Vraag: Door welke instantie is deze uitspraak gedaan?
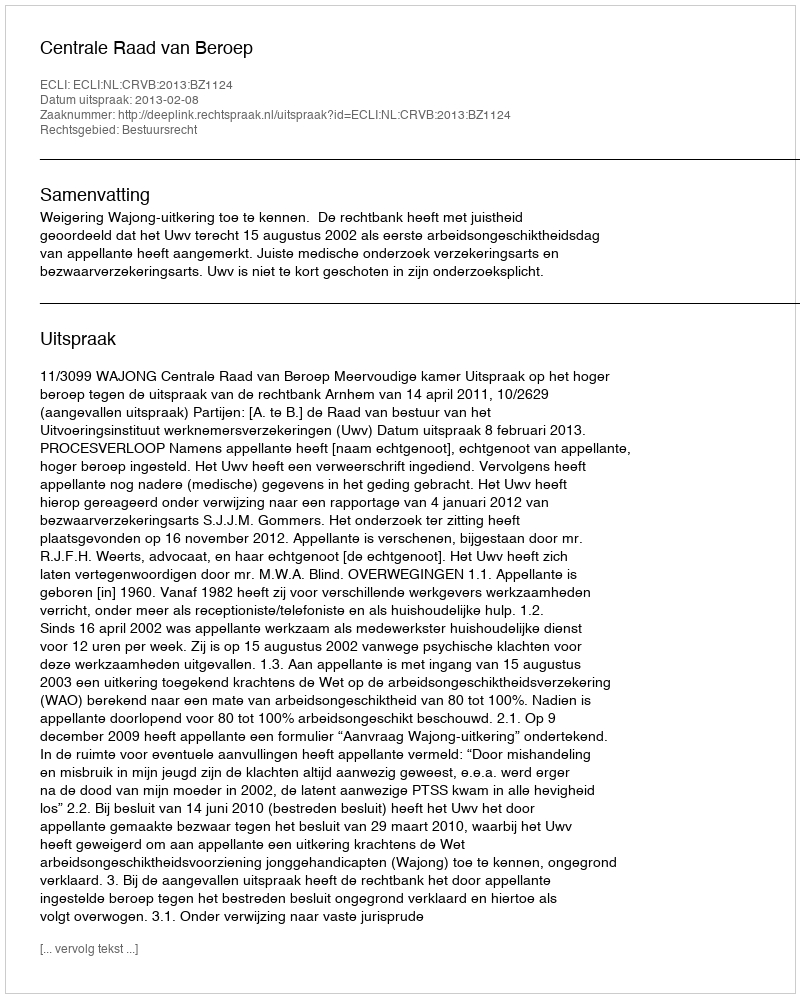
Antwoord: Centrale Raad van Beroep